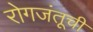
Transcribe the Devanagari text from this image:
रोगजंतूची